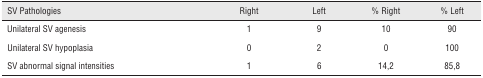
| SV Pathologies | Right | Left | % Right | % Left |
 | --- | --- | --- | --- | --- |
 | Unilateral SV agenesis | 1 | 9 | 10 | 90 |
 | Unilateral SV hypoplasia | 0 | 2 | 0 | 100 |
 | SV abnormal signal intensities | 1 | 6 | 14,2 | 85,8 |